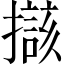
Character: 𱠼